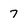
Character: 7